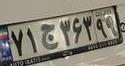
۷۱ج۳۶۳۹۹